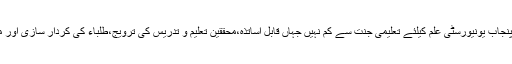
ڈاکٹر صاحب کی انتھک کاوشوں اور محنت کے سبب آج پنجاب یونیورسٹی علم کیلئے تعلیمی جنت سے کم نہیں جہاں قابل اساتذہ،محققین تعلیم و تدریس کی ترویج،طلباء کی کردار سازی اور ملکی ترقی و خوشحالی کیلئے ہمہ وقت مصروف عمل ہیں۔